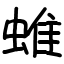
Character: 蜼